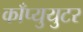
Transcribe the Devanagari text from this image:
काँप्युयुटर